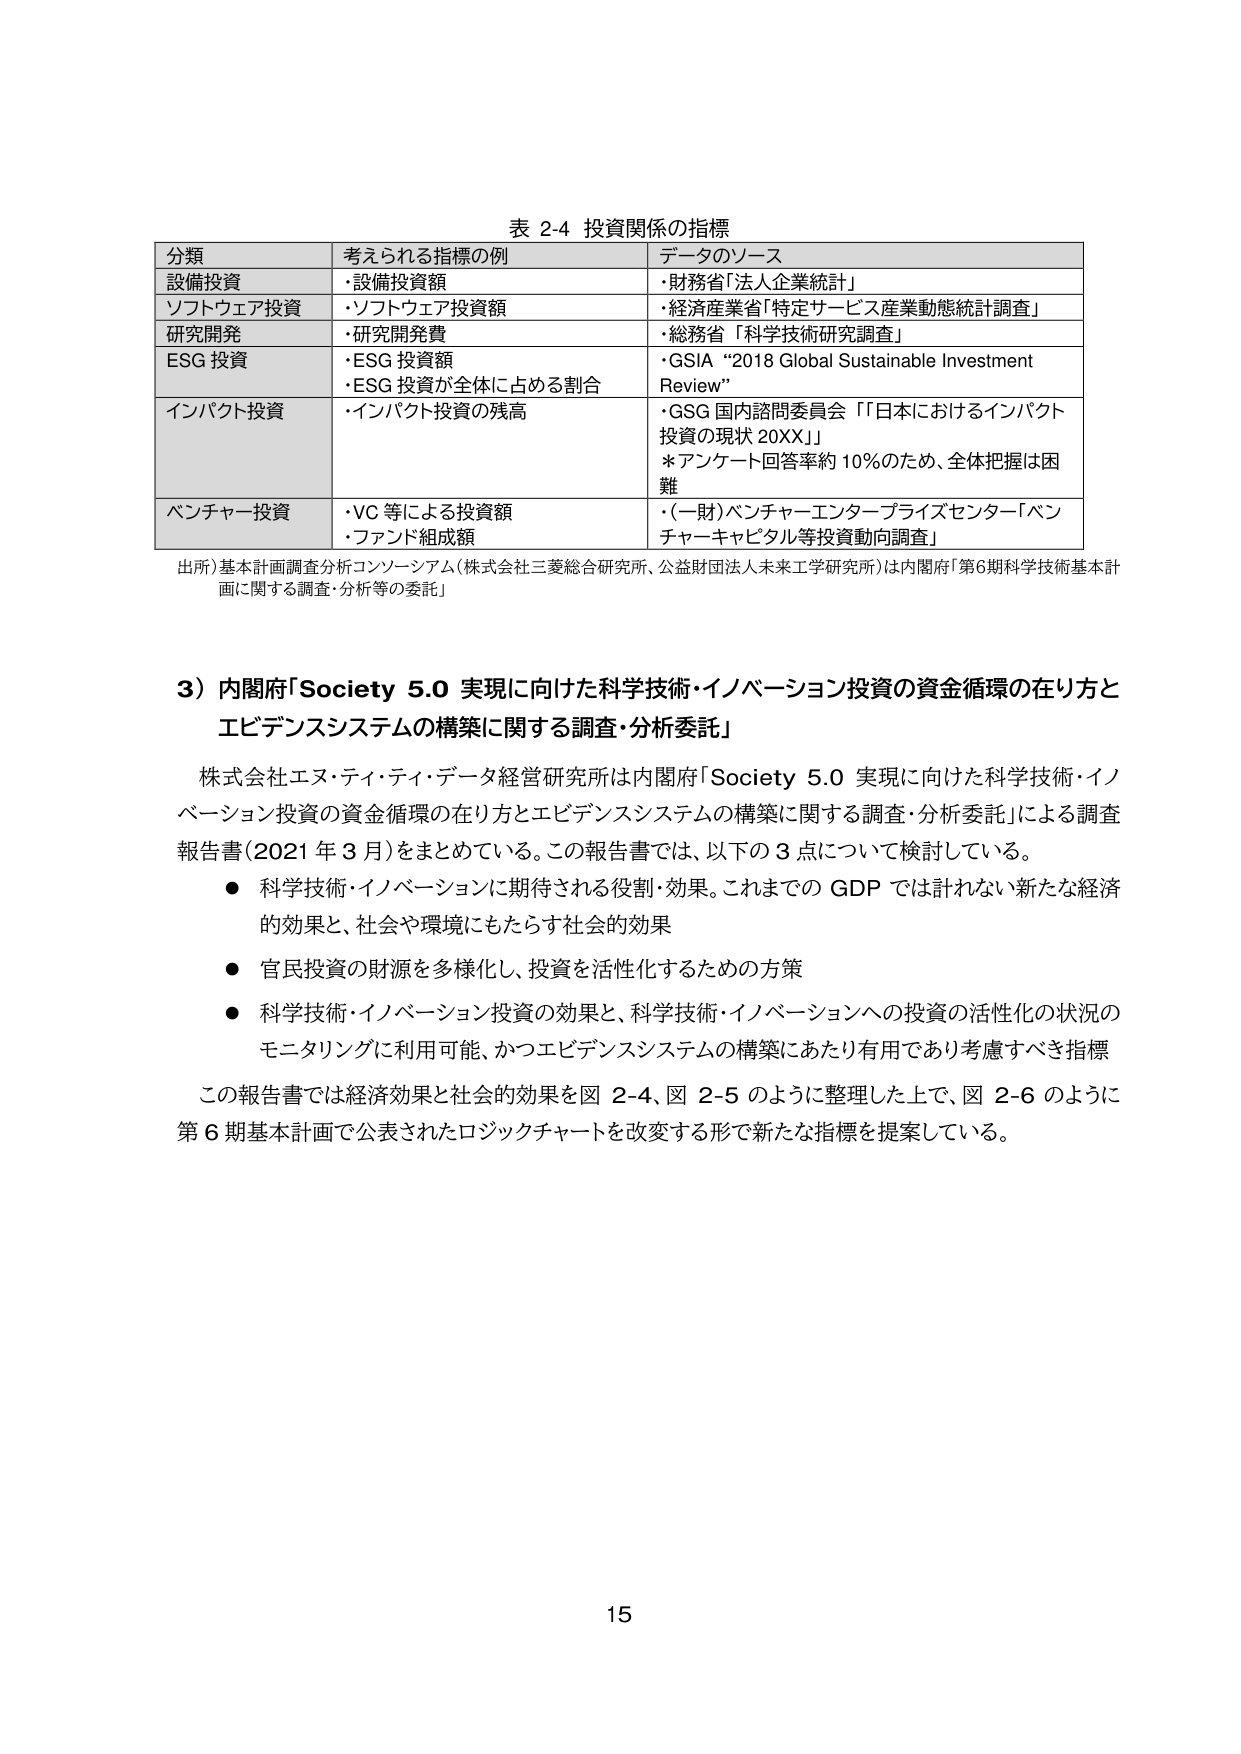
表 2-4 投資関係の指標

分類 考えられる指標の例 データのソース
設備投資 ・設備投資額 ・財務省「法人企業統計」
ソフトウェア投資 ・ソフトウェア投資額 ・経済産業省「特定サービス産業動態統計調査」
研究開発 ・研究開発費 ・総務省「科学技術研究調査」
ESG 投資 ・ESG 投資額 ・GSIA “2018 Global Sustainable Investment Review”
・ESG 投資が全体に占める割合
インパクト投資 ・インパクト投資の残高 ・GSG 国内諮問委員会「『日本におけるインパクト投資の現状 20XX』」
＊アンケート回答率約 10％のため、全体把握は困難
ベンチャー投資 ・VC 等による投資額 ・(一財)ベンチャーエンタープライズセンター「ベンチャー キャピタル等投資動向調査」
・ファンド組成額

出所）基本計画調査分析コンソーシアム（株式会社三菱総合研究所、公益財団法人未来工学研究所）は内閣府「第6期科学技術基本計画に関する調査・分析等の委託」

3）内閣府「Society 5.0 実現に向けた科学技術・イノベーション投資の資金循環の在り方とエビデンスシステムの構築に関する調査・分析委託」

株式会社エス・ティ・ティ・データ経営研究所は内閣府「Society 5.0 実現に向けた科学技術・イノベーション投資の資金循環の在り方とエビデンスシステムの構築に関する調査・分析委託」による調査報告書（2021 年 3 月）をまとめている。この報告書では、以下の 3 点について検討している。
● 科学技術・イノベーションに期待される役割・効果。これまでの GDP では計れない新たな経済的効果と、社会や環境にもたらす社会的効果
● 官民投資の財源を多様化し、投資を活性化するための方策
● 科学技術・イノベーション投資の効果と、科学技術・イノベーションへの投資の活性化の状況のモニタリングに利用可能、かつエビデンスシステムの構築にあたり有用であり考慮すべき指標

この報告書では経済効果と社会的効果を図 2-4、図 2-5 のように整理した上で、図 2-6 のように第 6 期基本計画で公表されたロジックチャートを改変する形で新たな指標を提案している。

15